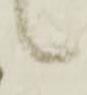
候